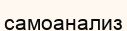
самоанализ